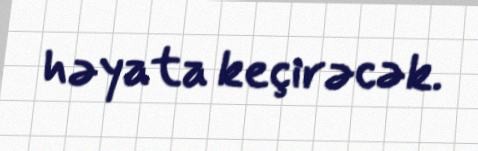
həyata keçirəcək.